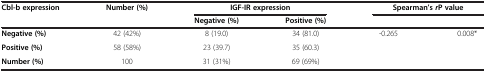
<table><thead><tr><td><b>Cbl-b expression</b></td><td><b>Number (%)</b></td><td colspan="2"><b>IGF-IR expression</b></td><td colspan="2"><b>Spearman’s <i>r</i>P value</b></td></tr><tr><td><b> </b></td><td><b> </b></td><td><b>Negative (%)</b></td><td><b>Positive (%)</b></td><td><b> </b></td><td><b> </b></td></tr></thead><tbody><tr><td><b>Negative (%)</b></td><td>42 (42%)</td><td>8 (19.0)</td><td>34 (81.0)</td><td>-0.265</td><td>0.008*</td></tr><tr><td><b>Positive (%)</b></td><td>58 (58%)</td><td>23 (39.7)</td><td>35 (60.3)</td><td> </td><td> </td></tr><tr><td><b>Number (%)</b></td><td>100</td><td>31 (31%)</td><td>69 (69%)</td><td> </td><td> </td></tr></tbody></table>